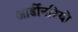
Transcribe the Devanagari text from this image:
आर्डीनरियो